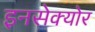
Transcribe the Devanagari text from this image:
इनसेक्योर